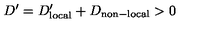
D ^ { \prime } = D _ { \mathrm { l o c a l } } ^ { \prime } + D _ { \mathrm { n o n - l o c a l } } > 0